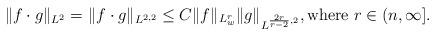
LaTeX: \begin{align*}\|f \cdot g\|_{L^2}=\|f \cdot g\|_{L^{2,2}}\le C\|f\|_{L^r_w}\|g\|_{L^{\frac{2r}{r-2},2}}, {\rm where}\ r\in (n, \infty].\end{align*}